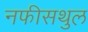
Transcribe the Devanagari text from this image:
नफीसथुल